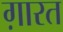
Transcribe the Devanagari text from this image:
ग़ारत